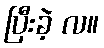
ပြီးခဲ့ လ။